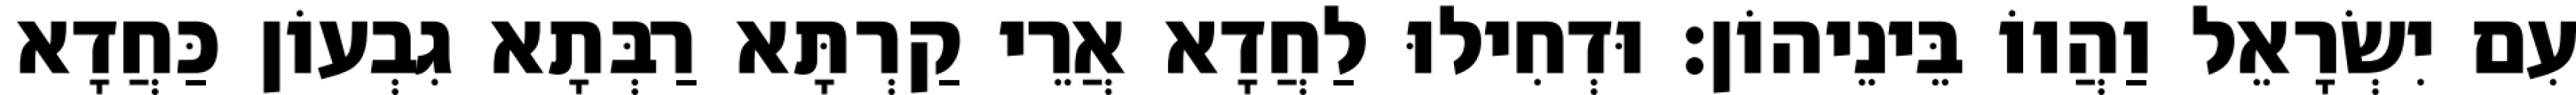
עִם יִשְׂרָאֵל וַהֲווֹ בֵּינֵיהוֹן׃ וּדְחִילוּ לַחֲדָא אֲרֵי קַרְתָּא רַבְּתָא גִבְעוֹן כַּחֲדָא